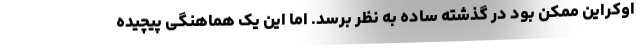
اوکراین ممکن بود در گذشته ساده به نظر برسد. اما این یک هماهنگی پیچیده